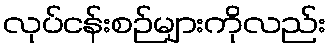
လုပ်ငန်းစဉ်များကိုလည်း